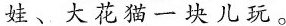
娃、大花猫一块儿玩。